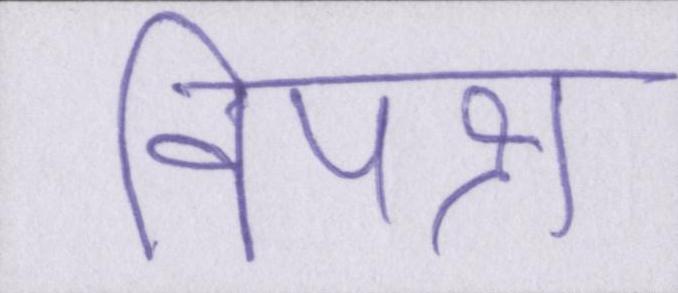
विपक्ष